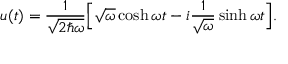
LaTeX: u ( t ) = \frac { 1 } { \sqrt { 2 \hbar \omega } } \Bigl [ \sqrt { \omega } \cosh \omega t - i \frac { 1 } { \sqrt { \omega } } \sinh \omega t \Bigr ] .